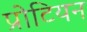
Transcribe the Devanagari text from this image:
प्रोटियन